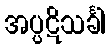
အပ္ပဋိသင်္ခါ